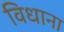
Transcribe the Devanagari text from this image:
विधाना